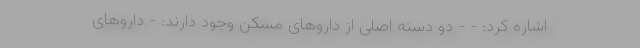
اشاره کرد: - - دو دسته اصلی از داروهای مسکن وجود دارند: - داروهای